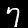
Label: 7